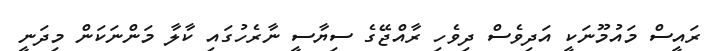
ރައީސް މައުމޫނަކީ އަދިވެސް ދިވެހި ރާއްޖޭގެ ސިޔާސީ ނާރެހުގައި ކާލާ މަންނަކަން މިދަނީ